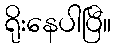
ရိုးနေပါပြီ။